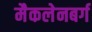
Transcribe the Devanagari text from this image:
मैकलेनबर्ग